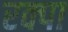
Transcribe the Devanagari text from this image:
रक्पा